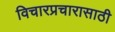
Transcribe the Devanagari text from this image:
विचारप्रचारासाठी